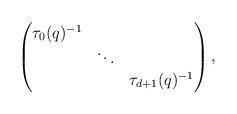
LaTeX: \begin{align*}\begin{pmatrix}\tau_0(q)^{-1} & & \\& \ddots & \\& & \tau_{d+1}(q)^{-1}\end{pmatrix},\end{align*}